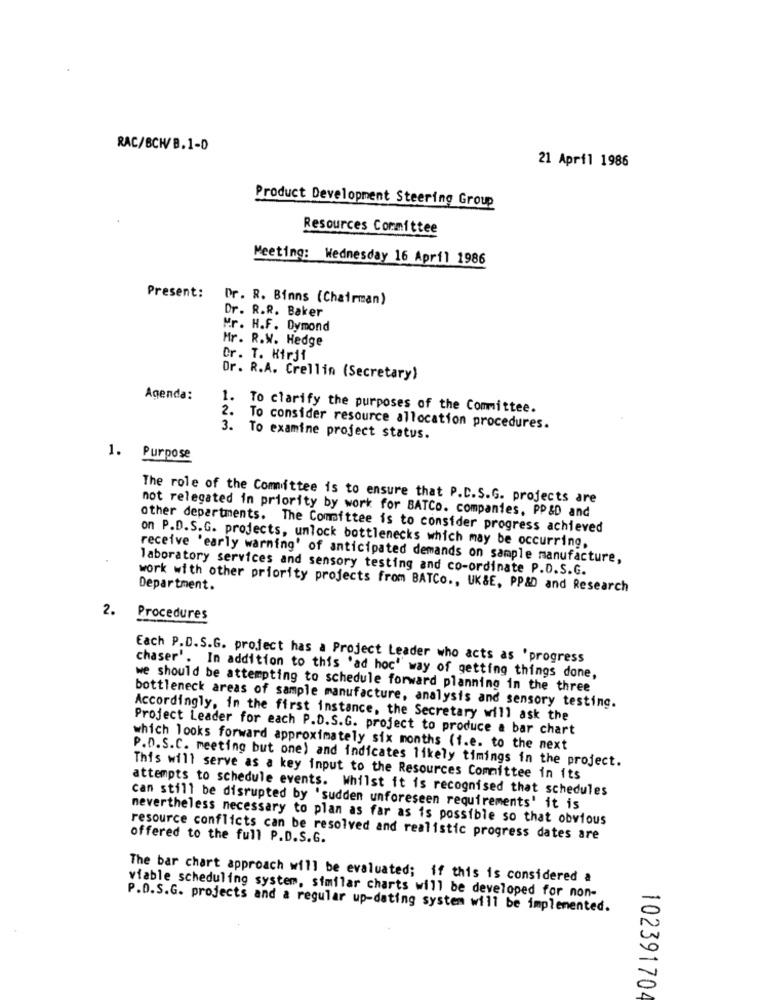
RAC/BCH/B.1-0
21 April 1986
Product Development Steering Group
Resources Committee
Meeting: Wednesday 16 April 1986
Present:
Dr. R. Binns (Chairman)
Dr. R.R. Baker
Mr. H.F. Dymond
Mr. R.W. Hedge
Dr. T. Hirji
Dr. R.A. Crellin (Secretary)
Agenda:
1. To clarify the purposes of the Committee.
2. To consider resource allocation procedures.
3. To examine project status.
1. Purpose
The role of the Comittee is to ensure that P.C.S.G. projects are
not relegated in priority by work for BATCo. companies, PP &D and
other departments. The Committee is to consider progress achieved
on P.D.S.G. projects, unlock bottlenecks which may be occurring.
receive 'early warning' of anticipated demands on sample manufacture,
laboratory services and sensory testing and co-ordinate P.D.S.G.
Department.
work with other priority projects from BATCo ., UK&E, PP& and Research
2.
Procedures
Each P.D.S.G. project has a Project Leader who acts as 'progress
chaser'. In addition to this 'ad hoc' way of getting things done,
we should be attempting to schedule forward planning in the three
bottleneck areas of sample manufacture, analysis and sensory testing.
Accordingly, in the first instance, the Secretary will ask the
Project Leader for each P.D.S.G. project to produce a bar chart
which looks forward approximately six months (i.e. to the next
P.D.S.C. meeting but one) and indicates likely timings in the project.
This will serve as a key input to the Resources Committee in its
attempts to schedule events. Whilst it is recognised that schedules
can still be disrupted by 'sudden unforeseen requirements' it is
nevertheless necessary to plan as far as is possible so that obvious
offered to the full P.D.S.G.
resource conflicts can be resolved and realistic progress dates are
The bar chart approach will be evaluated; if this is considered a
viable scheduling system, similar charts will be developed for non-
P.D.S.G. projects and a regular up-dating system will be implemented.
102391704